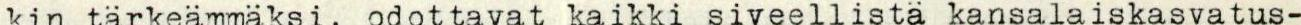
kin tärkeämmäksi, odottavat kaikki siveellistä kansalaiskasvatus-